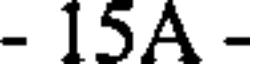
- 15A -